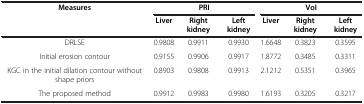
<table><thead><tr><td rowspan="2"><b>Measures</b></td><td colspan="3"><b>PRI</b></td><td colspan="3"><b>VoI</b></td></tr><tr><td><b>Liver</b></td><td><b>Right kidney</b></td><td><b>Left kidney</b></td><td><b>Liver</b></td><td><b>Right kidney</b></td><td><b>Left kidney</b></td></tr></thead><tbody><tr><td>DRLSE</td><td>0.9808</td><td>0.9911</td><td>0.9930</td><td>1.6648</td><td>0.3823</td><td>0.3595</td></tr><tr><td>Initial erosion contour</td><td>0.9155</td><td>0.9906</td><td>0.9917</td><td>1.8772</td><td>0.3485</td><td>0.3311</td></tr><tr><td>KGC in the initial dilation contour without shape priors</td><td>0.8903</td><td>0.9808</td><td>0.9913</td><td>2.1212</td><td>0.5351</td><td>0.3965</td></tr><tr><td>The proposed method</td><td>0.9912</td><td>0.9983</td><td>0.9980</td><td>1.6193</td><td>0.3205</td><td>0.3217</td></tr></tbody></table>